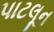
પાટલૂન